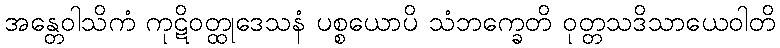
အန္တေဝါသိကံ ကုဋိဝတ္ထုဒေသနံ ပစ္စယောပိ သံဘက္ခေတိ ဝုတ္တသဒိသာယေဝါတိ